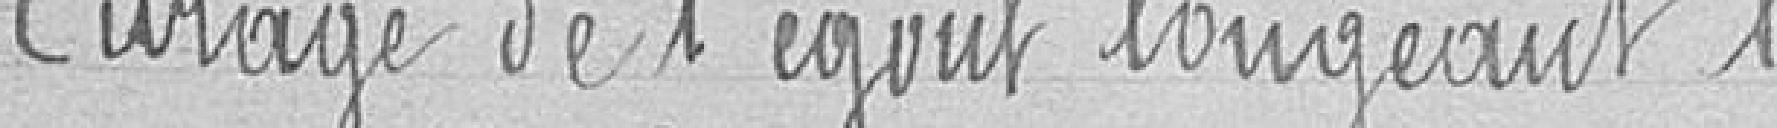
Curage de l'égout longeant l'